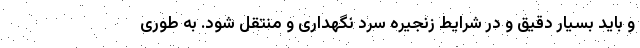
و باید بسیار دقیق و در شرایط زنجیره سرد نگهداری و منتقل شود. به طوری